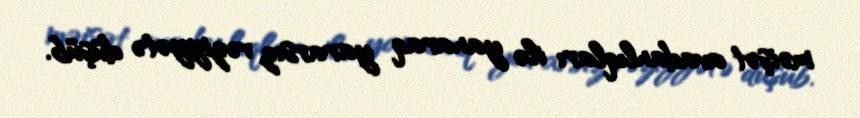
məişət avadanlıqları ilə yanaraq yararsız vəziyyətə düşüb.